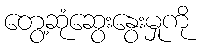
တွေ့ဆုံဆွေးနွေးမှုကို